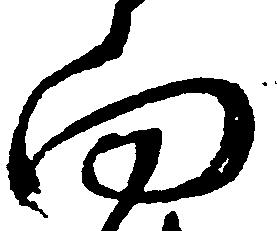
向